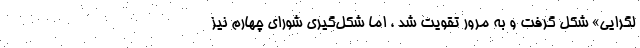
لگرایی» شکل گرفت و به مرور تقویت شد ، اما شکل‌گیری شورای چهارم نیز